Document type: Grant of rights
Year: 1254
Scribe: Jaume de Port
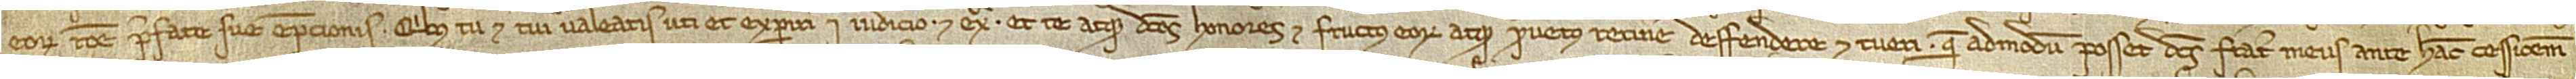
eorum ratione prefate sue empcionis quibus tu et tui valearis uti et experiri in iudicio et extra et te atque dictos honores et fructus eorum atque proventus retinere, deffendere et tueri quem admodum posset dictus frater meus ante hanc cessionem